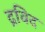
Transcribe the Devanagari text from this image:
द्रविद